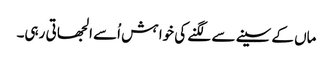
ماں کے سینے سے لگنے کی خوا ہش اُسے الجھا تی رہی۔